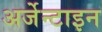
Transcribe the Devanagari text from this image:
अर्जेन्टाइन